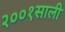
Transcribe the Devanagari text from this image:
२००१साली